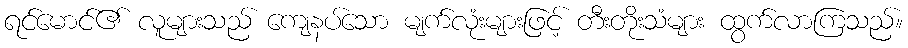
ရင်မောင်၏ လူများသည် ကျေနပ်သော မျက်လုံးများဖြင့် တီးတိုးသံများ ထွက်လာကြသည်။